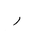
Letter: _ra